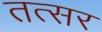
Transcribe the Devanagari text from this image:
तत्सर